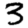
Digit: 3